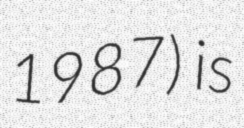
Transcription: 1987) is